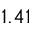
1 . 4 1